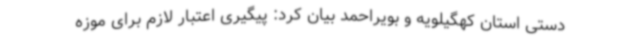
دستی استان کهگیلویه و بویراحمد بیان کرد: پیگیری اعتبار لازم برای موزه